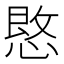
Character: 𪬒